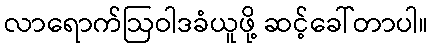
လာရောက်ဩဝါဒခံယူဖို့ ဆင့်ခေါ်တာပါ။